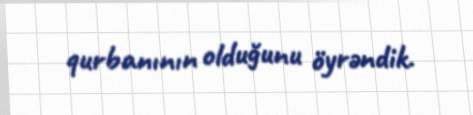
qurbanının olduğunu öyrəndik.